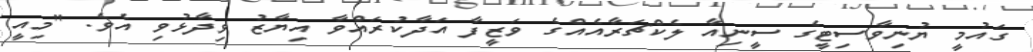
ގައުމީ ޔުނިވާސިޓީގެ ސީނިއާ ލެކްޗަރާއެއްގެ ވަޒީފާ އަދާކުރައްވާ އިޔާޒު ވިދާޅުވި އެވެ. "މިއީ